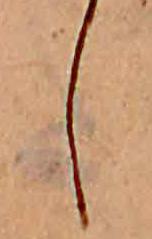
し